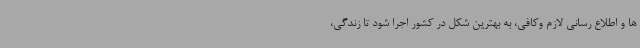
ها و اطلاع رسانی لازم وکافی، به بهترین شکل در کشور اجرا شود تا زندگی،